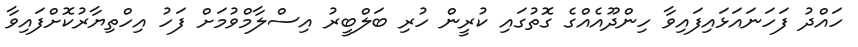
ހައްދު ފަހަނައަޅައިފައިވާ ހިންދޫއެއްގެ ގޮތުގައި ކުރީން ހުރި ބަލްބީރު އިސްލާމްވުމަށް ފަހު އިހްތިޔާރުކޮށްފައިވާ